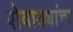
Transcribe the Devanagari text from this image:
पोवाड्यांचा